Dysentery and liver abscess in Bombay - Number 47
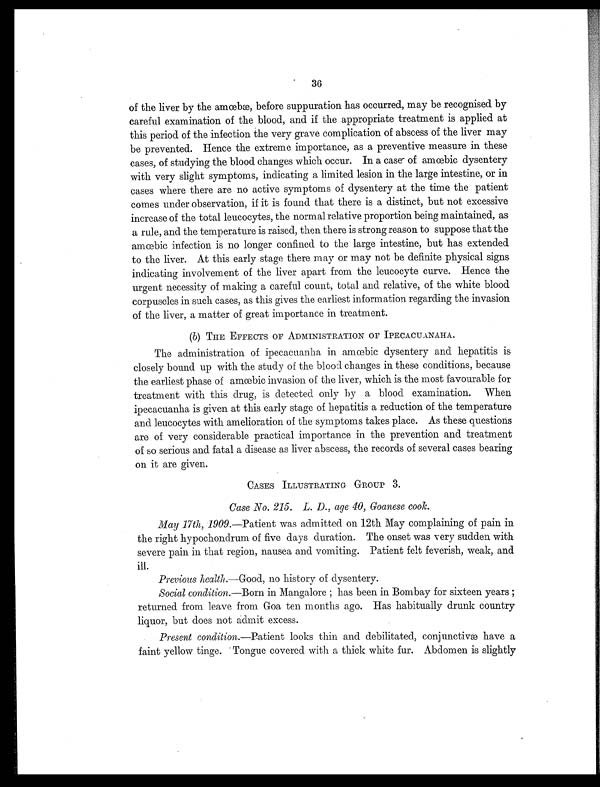
36
of the liver by the amœbæ, before suppuration has occurred, may be recognised by
careful examination of the blood, and if the appropriate treatment is applied at
this period of the infection the very grave complication of abscess of the liver may
be prevented. Hence the extreme importance, as a preventive measure in these
cases, of studying the blood changes which occur. In a case of amœbic dysentery
with very slight symptoms, indicating a limited lesion in the large intestine, or in
cases where there are no active symptoms of dysentery at the time the patient
comes under observation, if it is found that there is a distinct, but not excessive
increase of the total leucocytes, the normal relative proportion being maintained, as
a rule, and the temperature is raised, then there is strong reason to suppose that the
amœbic infection is no longer confined to the large intestine, but has extended
to the liver. At this early stage there may or may not be definite physical signs
indicating involvement of the liver apart from the leucocyte curve. Hence the
urgent necessity of making a careful count, total and relative, of the white blood
corpuscles in such cases, as this gives the earliest information regarding the invasion
of the liver, a matter of great importance in treatment.
(b) THE EFFECTS OF ADMINISTRATION OF IPECACUANAHA.
The administration of ipecacuanha in amœbic dysentery and hepatitis is
closely bound up with the study of the blood changes in these conditions, because
the earliest phase of amœbic invasion of the liver, which is the most favourable for
treatment with this drug, is detected only by a blood examination. When
ipecacuanha is given at this early stage of hepatitis a reduction of the temperature
and leucocytes with amelioration of the symptoms takes place. As these questions
are of very considerable practical importance in the prevention and treatment
of so serious and fatal a disease as liver abscess, the records of several cases bearing
on it are given.
CASES ILLUSTRATING GROUP 3.
Case No. 215. L. D., age 40, Goanese cook.
May 17th, 1909.—Patient was admitted on 12th May complaining of pain in
the right hypochondrum of five days duration. The onset was very sudden with
severe pain in that region, nausea and vomiting. Patient felt feverish, weak, and
ill.
Previous health.—Good, no history of dysentery.
Social condition.—Born in Mangalore has been in Bombay for sixteen years
; returned from leave from Goa ten months ago. Has habitually drunk country
liquor, but does not admit excess.
Present condition.—Patient looks thin and debilitated, conjunctivæ have a
faint yellow tinge. Tongue covered with a thick white fur. Abdomen is slightly